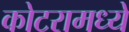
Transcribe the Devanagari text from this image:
कोटरामध्ये